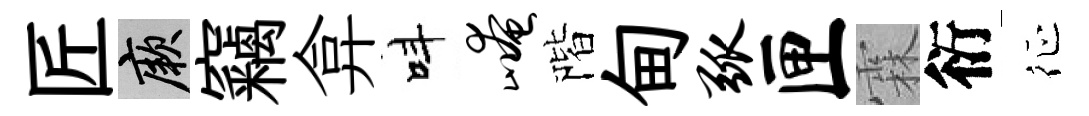
匠厥竊弇呌崦階甸弧匣霖衍征